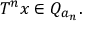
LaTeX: T ^ { n } x \in Q _ { a _ { n } } .